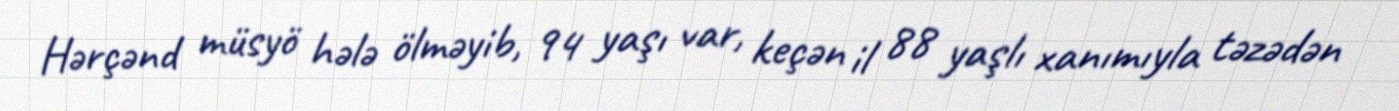
Hərçənd müsyö hələ ölməyib, 94 yaşı var, keçən il 88 yaşlı xanımıyla təzədən